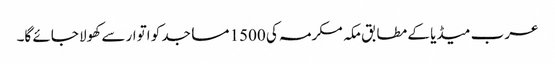
عرب میڈیا کے مطابق مکہ مکرمہ کی 1500 مساجد کو اتوار سے کھولا جائے گا۔